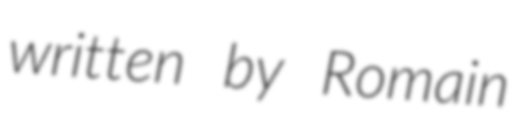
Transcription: written by Romain